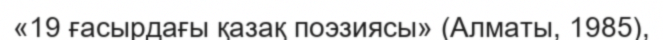
«19 ғасырдағы қазақ поэзиясы» (Алматы, 1985),